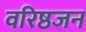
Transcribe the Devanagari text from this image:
वरिष्ठजन